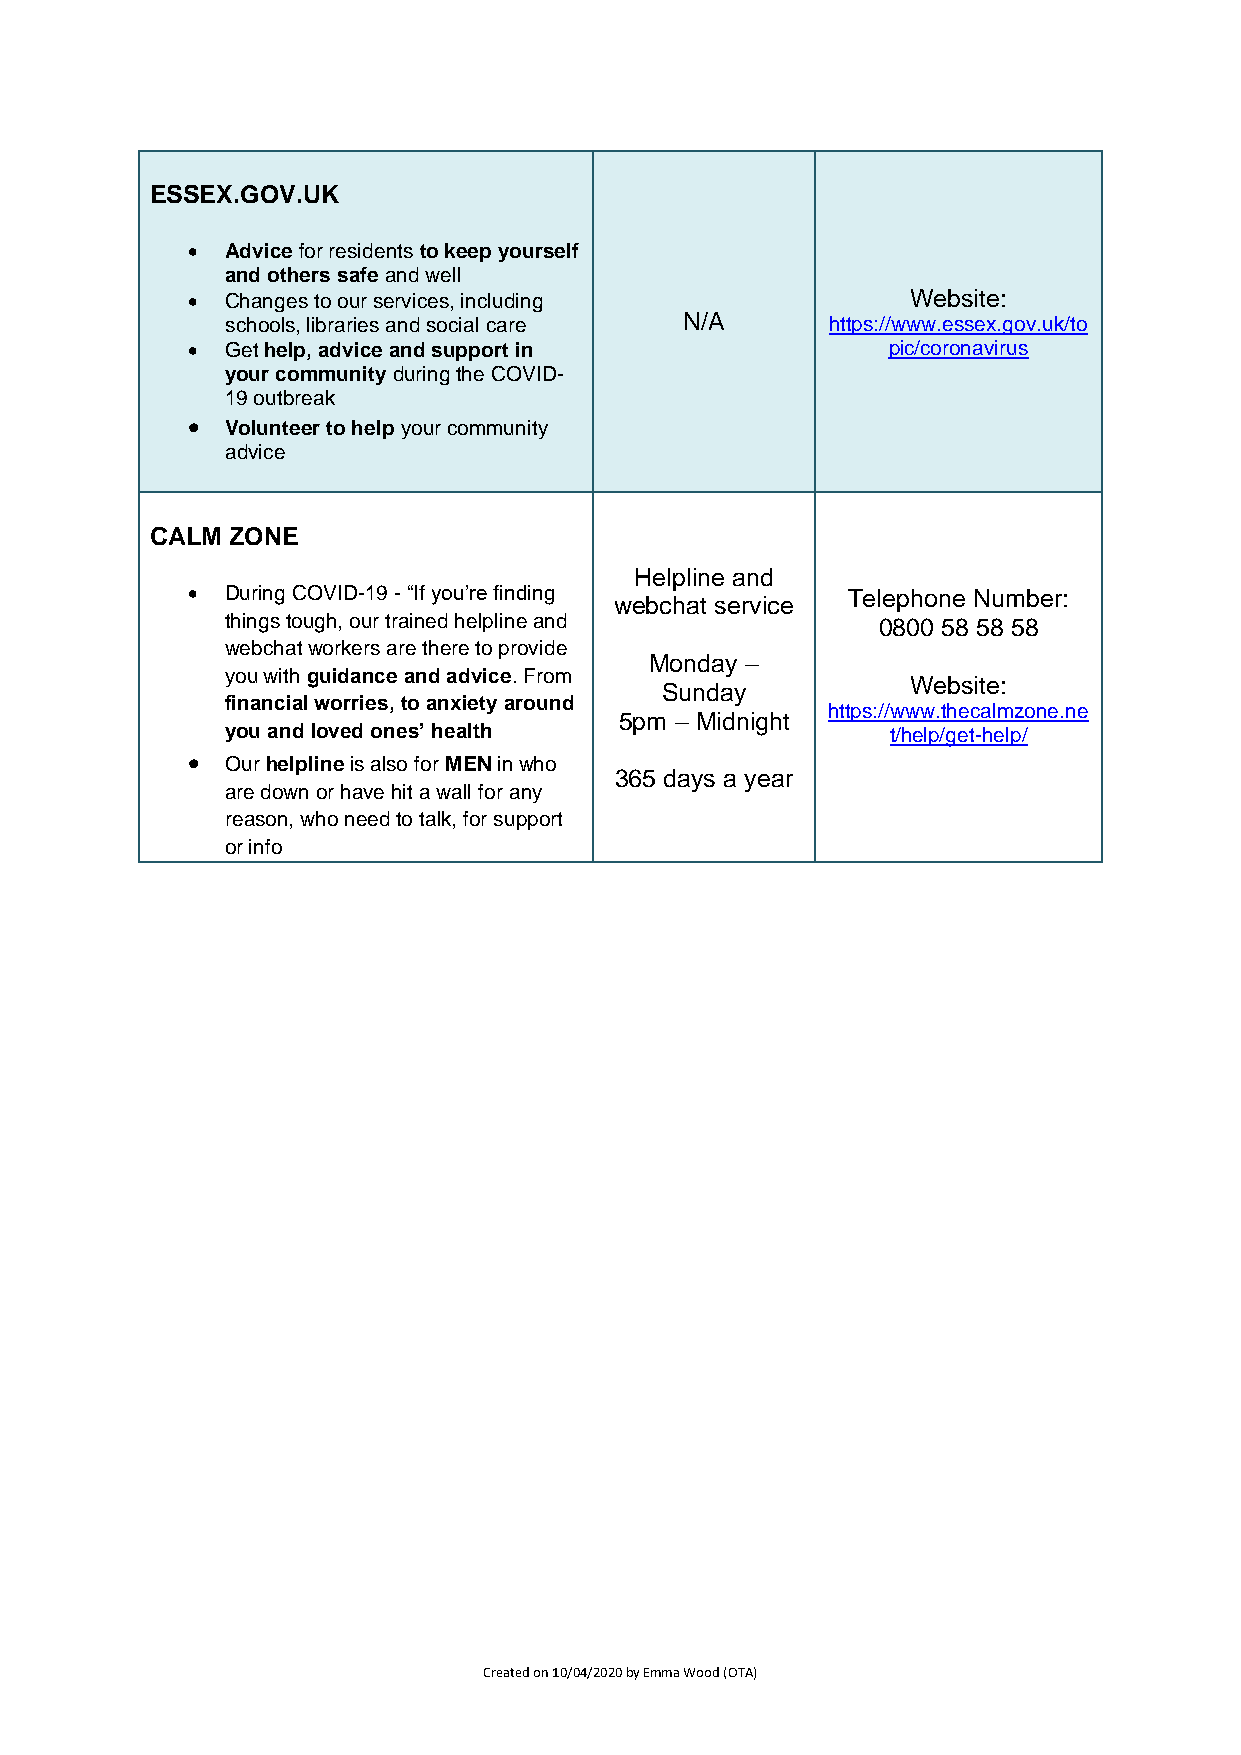
ESSEX.GOV.UK
 •  Advice for residents to keep yourself
 and others safe and well
 •  Changes to our services, including           Website:
 schools, libraries and social care N/A  https://www.essex.gov.uk/to
 •  Get help, advice and support in             pic/coronavirus
 your community during the COVID-
 19 outbreak
 •  Volunteer to help your community
 advice
 CALM ZONE
 Helpline and
 •  During COVID-19 - “If you’re finding     Telephone Number:
 webchat service
 things tough, our trained helpline and     0800 58 58 58
 webchat workers are there to provide
 Monday –
 you with guidance and advice. From
 Website:
 Sunday
 financial worries, to anxiety around
 https://www.thecalmzone.ne
 5pm – Midnight
 you and loved ones’ health                  t/help/get-help/
 •  Our helpline is also for MEN in who
 365 days a year
 are down or have hit a wall for any
 reason, who need to talk, for support
 or info
 Created on 10/04/2020 by Emma Wood (OTA)